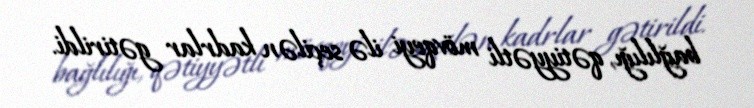
bağlılığı, qətiyyətli mövqeyi ilə seçilən kadrlar gətirildi.